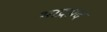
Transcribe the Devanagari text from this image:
भाद्रप्रद